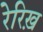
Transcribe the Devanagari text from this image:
रेरिख़